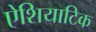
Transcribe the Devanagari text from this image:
ऐशियाटिक